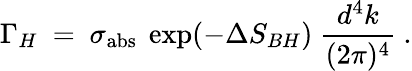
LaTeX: \Gamma_{H}~=~\sigma_{\mathrm{abs}}~\exp(-\Delta S_{BH})~\frac{d^{4}k}{(2\pi)^{4}}~.